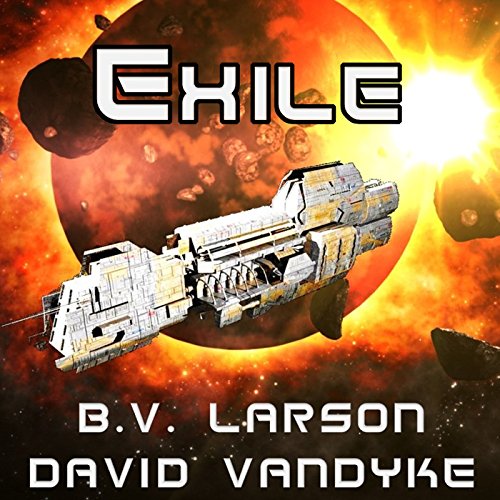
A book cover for Exile: Star Force, Book 11; B.V. Larson; Mystery, Thriller & Suspense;